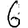
Digit: 6